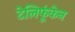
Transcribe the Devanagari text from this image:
टेलिफूंकेन